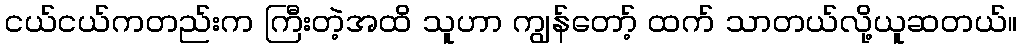
ငယ်ငယ်ကတည်းက ကြီးတဲ့အထိ သူဟာ ကျွန်တော့် ထက် သာတယ်လို့ယူဆတယ်။